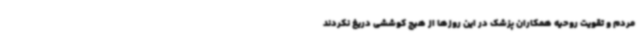
مردم و تقویت روحیه همکاران پزشک در این روزها از هیچ کوششی دریغ نکردند